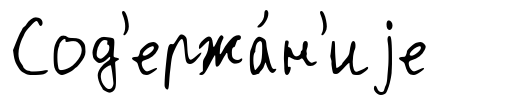
Сод'ержа́н'иjе